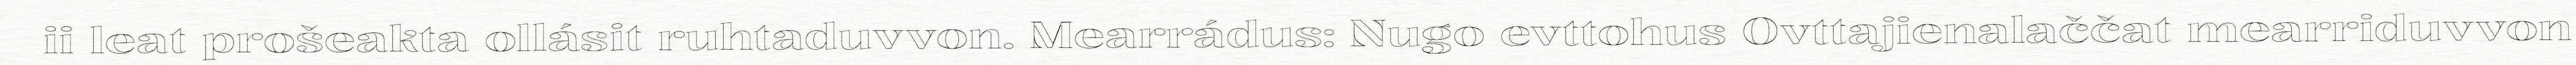
ii leat prošeakta ollásit ruhtaduvvon. Mearrádus: Nugo evttohus Ovttajienalaččat mearriduvvon